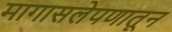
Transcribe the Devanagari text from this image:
मागासलेपणातून